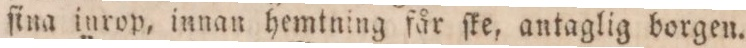
ſina inrop, innan hemtning får ſke, antaglig borgen.